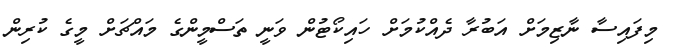
މިފައިސާ ނާޒިމަށް އަބުރާ ދެއްކުމަށް ހައިކޯޓުން ވަނީ ތަސްމީންގެ މައްޗަށް މީގެ ކުރިން